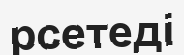
рсетеді